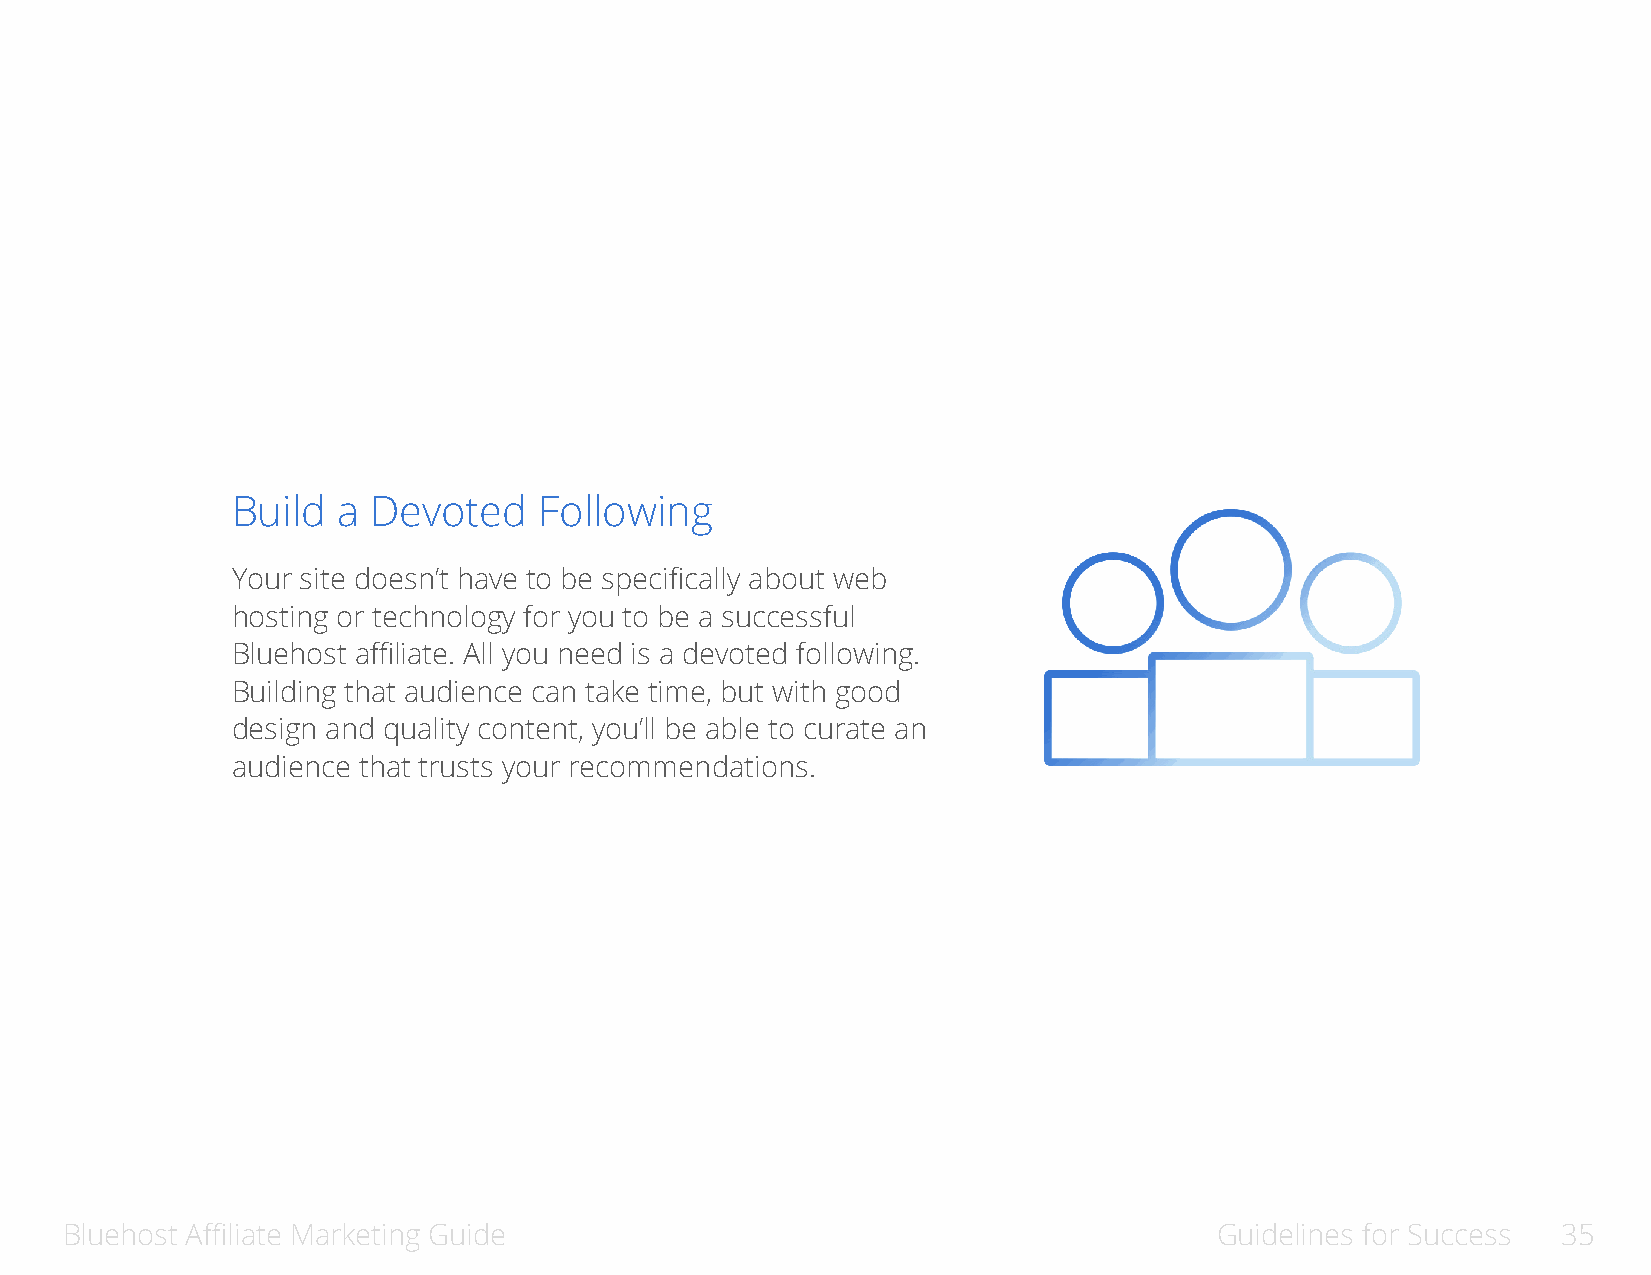
Build  a Devoted     Following
 Your site doesn’t have to be specifically about web
 hosting or technology for you to be a successful
 Bluehost affiliate. All you need is a devoted following.
 Building that audience can take time, but with good
 design and quality content, you’ll be able to curate an
 audience that trusts your recommendations.
 Bluehost Affiliate Marketing Guide                                          Guidelines for Success 35